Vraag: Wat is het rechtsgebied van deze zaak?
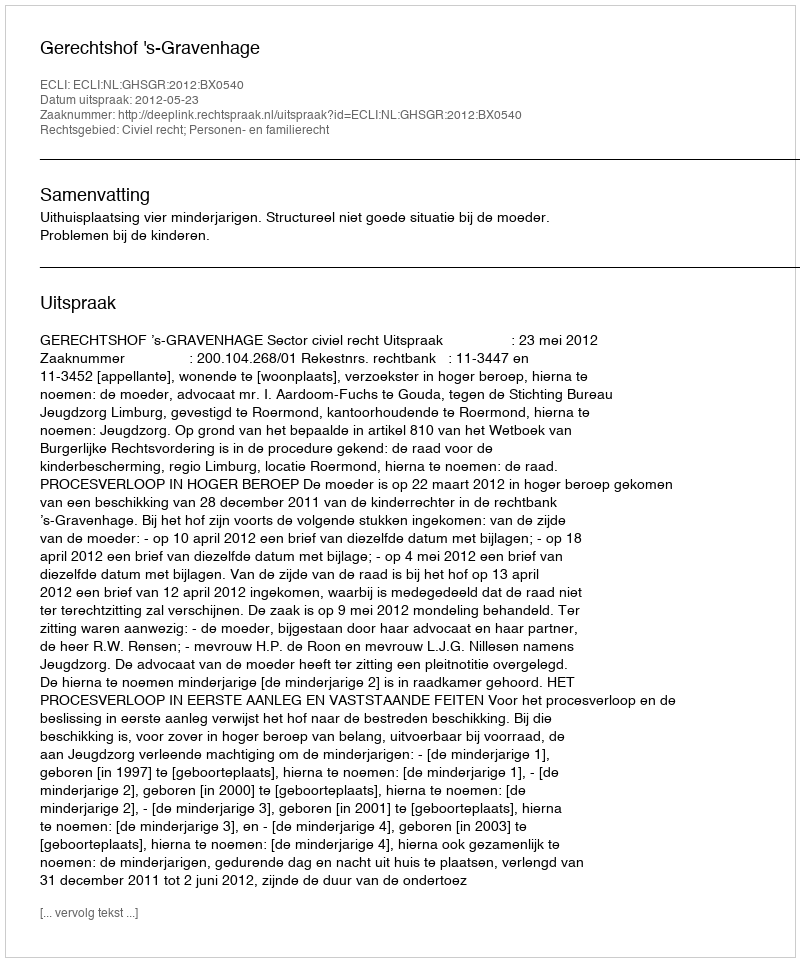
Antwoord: Civiel recht; Personen- en familierecht